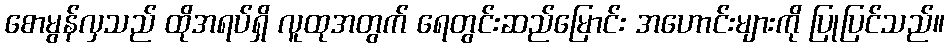
စောမွန်လှသည် ထိုအရပ်ရှိ လူထုအတွက် ရေတွင်းဆည်မြောင်း အဟောင်းများကို ပြုပြင်သည်။